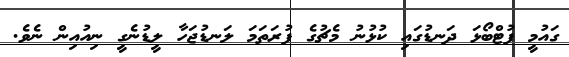
ގައުމީ ފުޓްބޯޅަ ދަނޑުގައި ކުޅުނު މެޗުގެ ފުރަތަމަ ލަނޑުޖަހާ ލީޑުނެގީ ނިއުއިން ނެވެ.